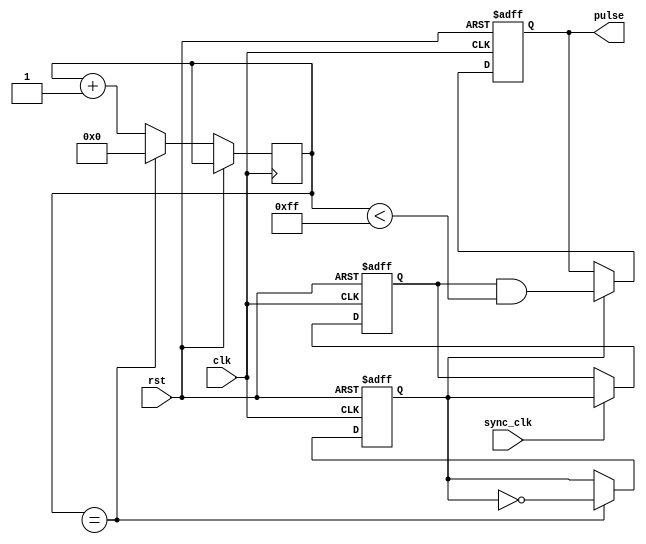
module AsyncPulseGenerator (
    input wire clk,
    input wire rst,
    input wire sync_clk,
    output reg pulse
);

reg [7:0] counter;
reg [7:0] threshold;
reg osc;
reg pll_out;

// Free-running oscillator with adjustable frequency settings
always @ (posedge clk or posedge rst) begin
    if (rst) begin
        osc <= 1'b0;
    end else begin
        if (counter == threshold) begin
            osc <= ~osc;
            counter <= 8'b0;
        end else begin
            counter <= counter + 8'b1;
        end
    end
end

// Phase-locked loop (PLL) for synchronization with external clock
always @ (posedge clk or posedge rst) begin
    if (rst) begin
        pll_out <= 1'b0;
    end else begin
        if (sync_clk) begin
            pll_out <= osc;
        end
    end
end

// Logic gates to control pulse timing and duration
always @ (posedge clk or posedge rst) begin
    if (rst) begin
        pulse <= 1'b0;
    end else begin
        if (osc) begin
            pulse <= pll_out & (counter < 8'hFF);
        end
    end
end

endmodule